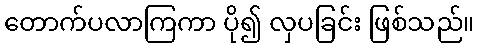
တောက်ပလာကြကာ ပို၍ လှပခြင်း ဖြစ်သည်။